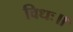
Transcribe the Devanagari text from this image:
विधः॥